Peeter_Aleksander_Speek, lk 7
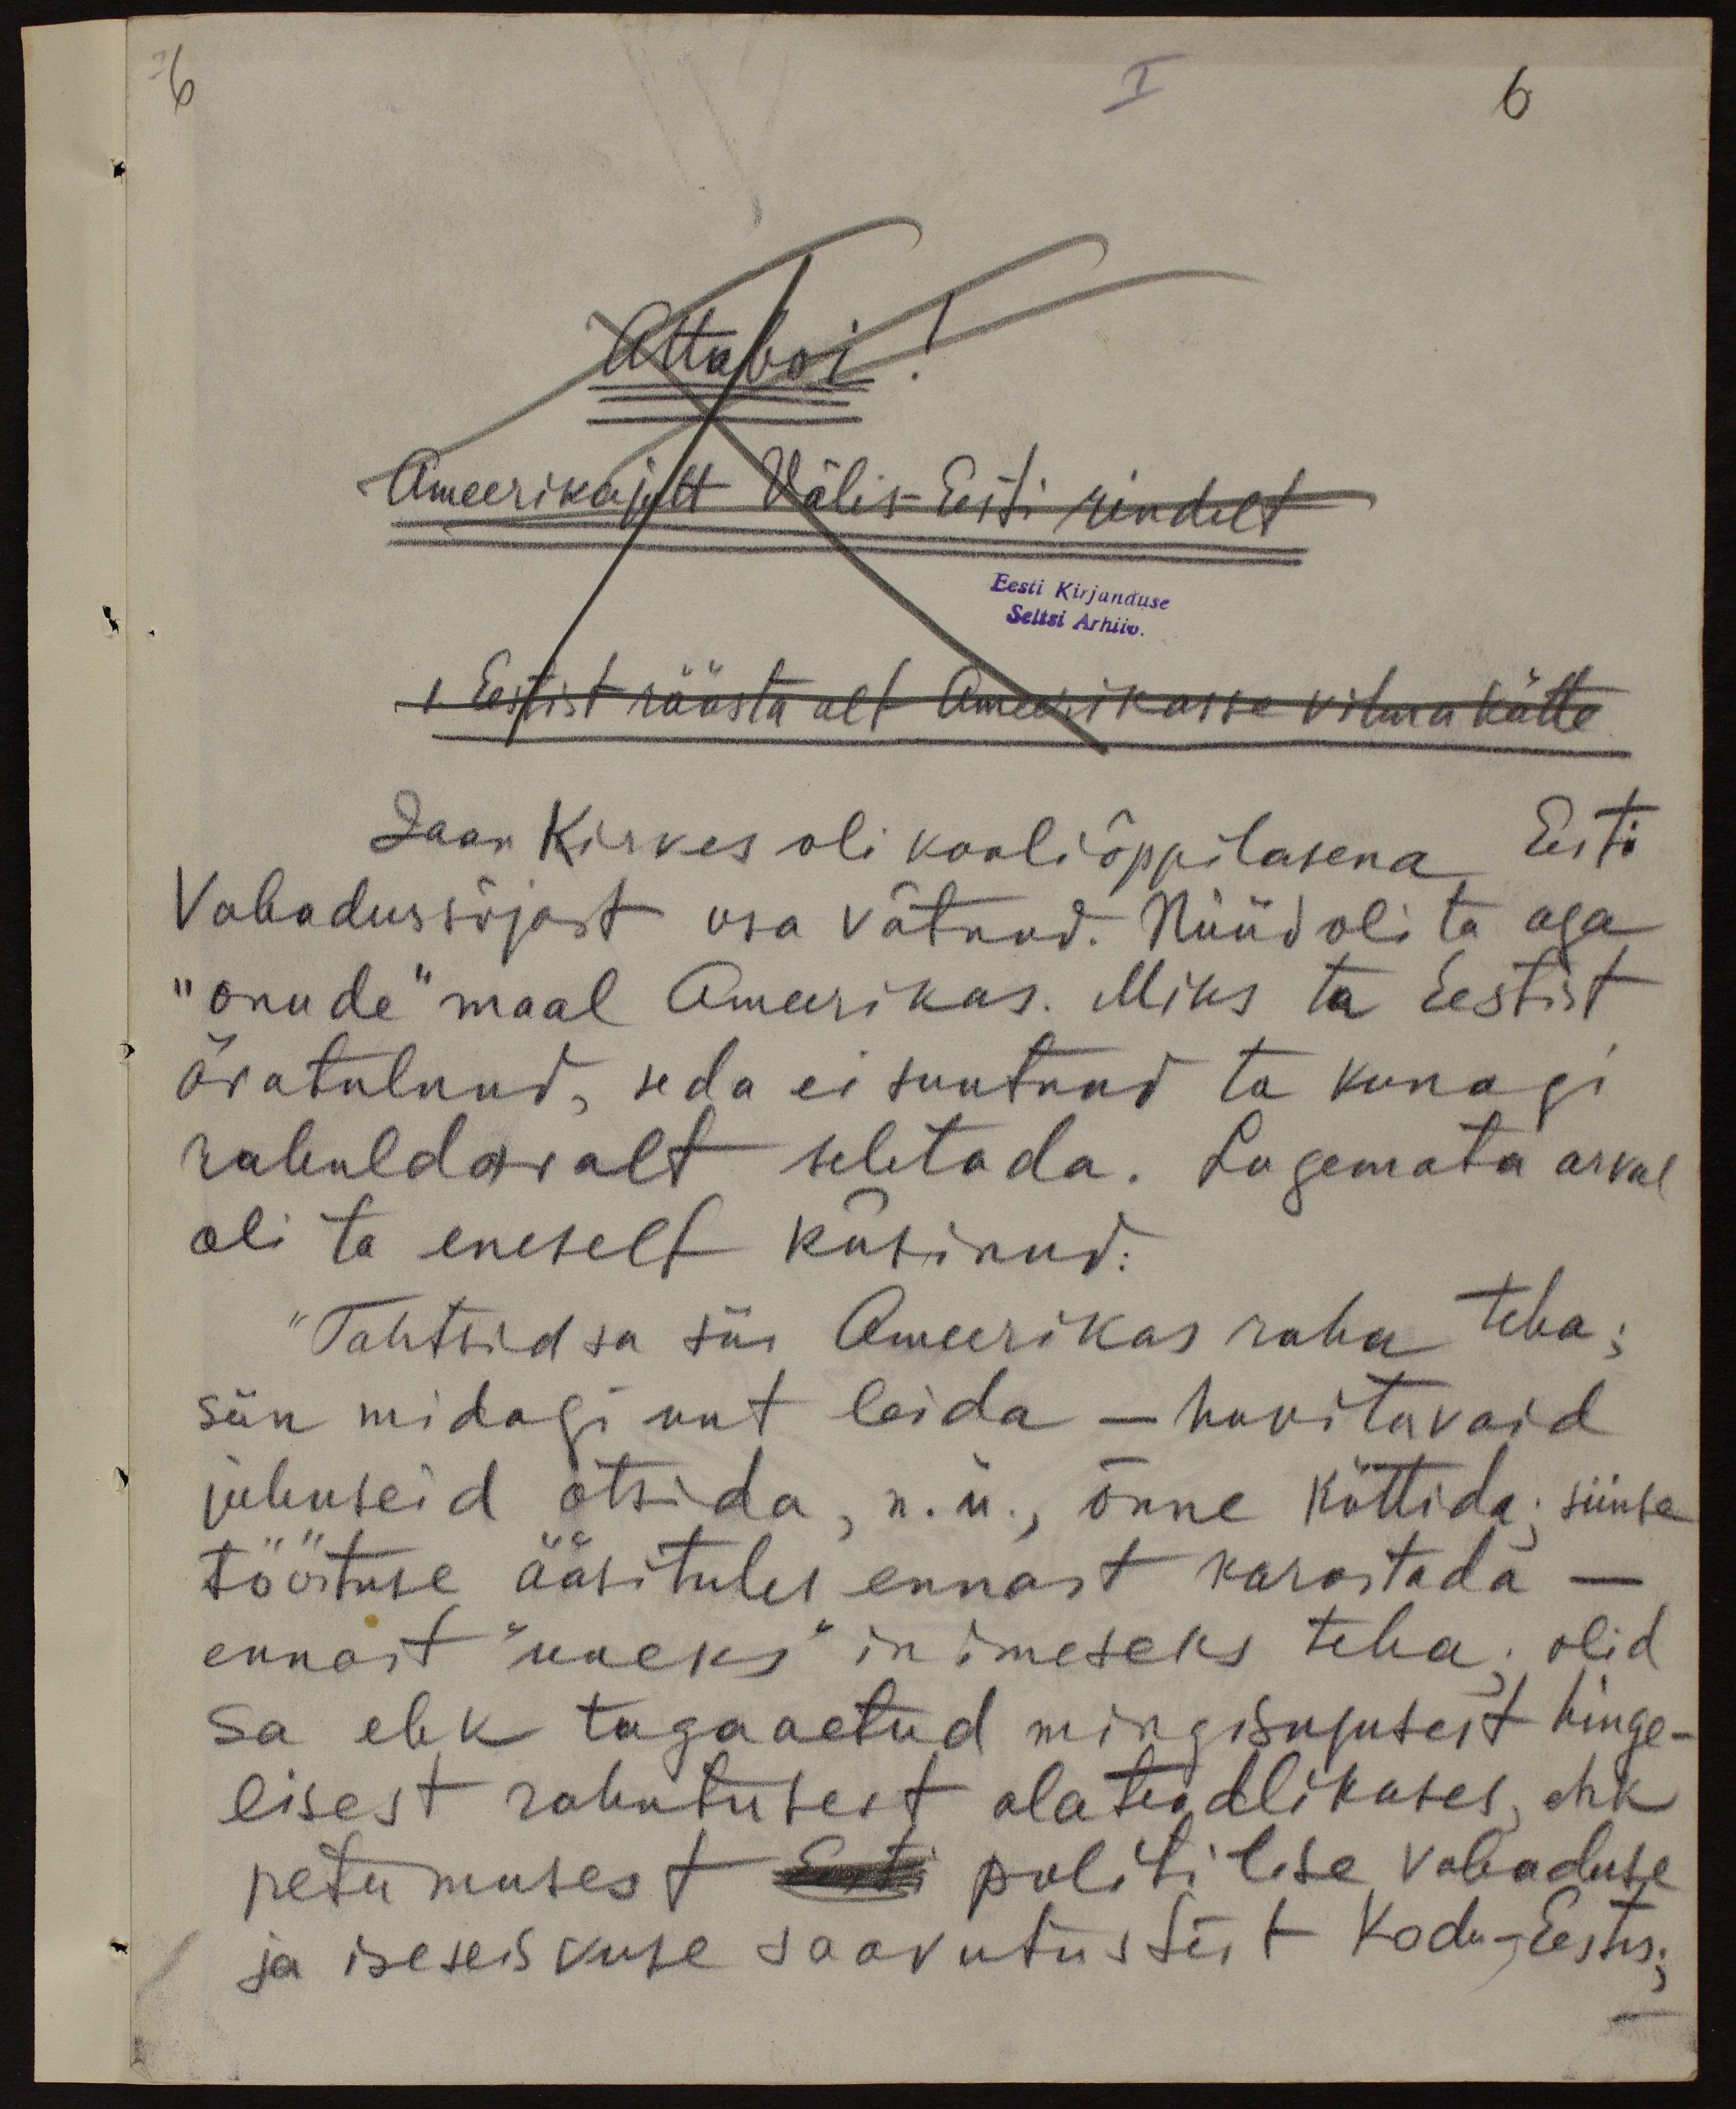
6

I
6
Attaboi !
Ameerika jutt Välis-Eesti rindelt
Eesti Kirjanduse
Seltsi Arhiiv.
1. Eestist räästa alt Ameerikasse vihma kätte
Jaan Kirves oli kooliõppilasena Eesti
Vabadussõjast osa võtnud. Nüüd oli ta aga
"Onude" maal Ameerikas. Miks ta Eestist
äratulnud, seda ei suutnud ta kunagi
rahuldavalt seletada. Lugemata arvul
oli ta eneselt küsinud:
"Tahtsid sa siis Ameerikas raha teha;
siin midagi uut leida - huvitavaid
juhuseid otsida, n.n., õnne küttida: siinse
tööstuse ääsitules ennast karastada -
ennast" uueks" inimeseks teha, olid
sa ehk tagaaetud mingisugusest hinge-
lisest rahutusest alateadlikutes, ehk
petumusest Eesti politilise vabaduse
ja iseseiskuse saavutustest kodu-Eestis.